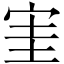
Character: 𡧩